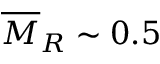
\overline { { M } } _ { R } \sim 0 . 5